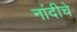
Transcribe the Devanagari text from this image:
नांदीचे